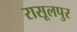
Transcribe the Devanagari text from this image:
रासूलपुर